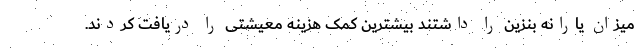
میزان یارانه بنزین را داشتند بیشترین کمک هزینه معیشتی را دریافت کردند.